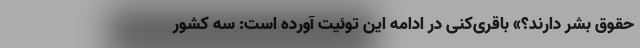
حقوق بشر دارند؟» باقری‌کنی در ادامه این توئیت آورده است: سه کشور